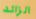
الزائد